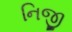
નિજી